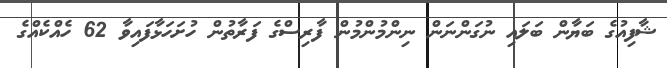
ޝާފިއުގެ ބަޔާން ބަލައި ނުގަންނަން ނިންމުންމުން ފާރިސްގެ ފަރާތުން ހުށަހަޅާފައިވާ 62 ހެއްކެއްގެ